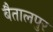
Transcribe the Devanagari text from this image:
बैतालपुर